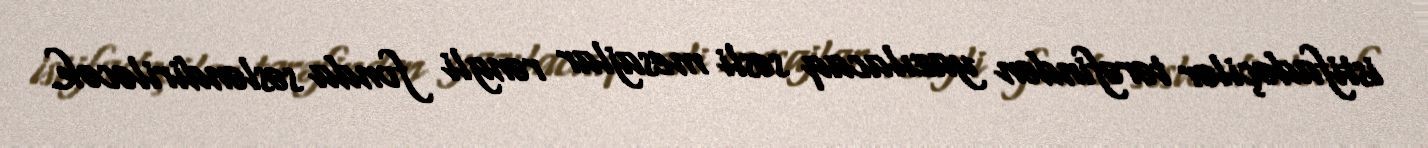
istifadəçilər tərəfindən yazılacaq səsli mesajlar rəngli fonda səsləndiriləcək.